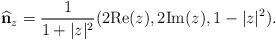
LaTeX: \begin{align*}\widehat{\bf n}_z=\frac{1}{1+\vert z\vert^2}(2{\rm Re}(z), 2{\rm Im}(z),1-\vert z\vert^2).\end{align*}